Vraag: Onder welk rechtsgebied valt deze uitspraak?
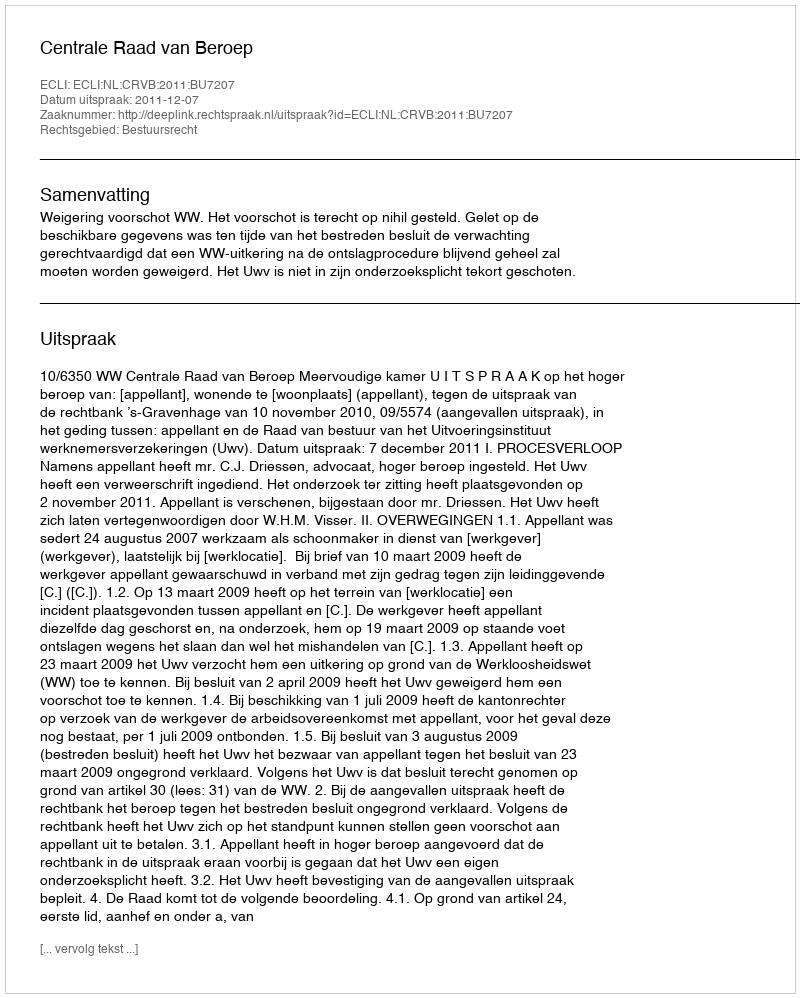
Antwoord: Bestuursrecht